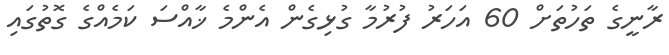
ރާނީގެ ތަހުތަށް 60 އަހަރު ފުރުމާ ގުޅިގެން އެންމެ ޚާއްސަ ކަމެއްގެ ގޮތުގައި